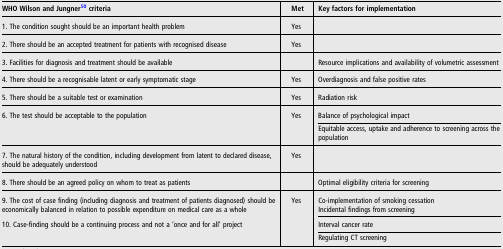
<table><thead><tr><td><b>WHO Wilson and Jungner50 criteria</b></td><td><b>Met</b></td><td><b>Key factors for implementation</b></td></tr></thead><tbody><tr><td>1. The condition sought should be an important health problem</td><td>Yes</td><td>[EMPTY_CELL]</td></tr><tr><td>2. There should be an accepted treatment for patients with recognised disease</td><td>Yes</td><td>[EMPTY_CELL]</td></tr><tr><td>3. Facilities for diagnosis and treatment should be available</td><td>[EMPTY_CELL]</td><td>Resource implications and availability of volumetric assessment</td></tr><tr><td>4. There should be a recognisable latent or early symptomatic stage</td><td>Yes</td><td>Overdiagnosis and false positive rates</td></tr><tr><td>5. There should be a suitable test or examination</td><td>Yes</td><td>Radiation risk</td></tr><tr><td rowspan="2">6. The test should be acceptable to the population</td><td rowspan="2">Yes</td><td>Balance of psychological impact</td></tr><tr><td>Equitable access, uptake and adherence to screening across the population</td></tr><tr><td>7. The natural history of the condition, including development from latent to declared disease, should be adequately understood</td><td>Yes</td><td>[EMPTY_CELL]</td></tr><tr><td>8. There should be an agreed policy on whom to treat as patients</td><td>[EMPTY_CELL]</td><td>Optimal eligibility criteria for screening</td></tr><tr><td rowspan="2">9. The cost of case finding (including diagnosis and treatment of patients diagnosed) should be economically balanced in relation to possible expenditure on medical care as a whole</td><td rowspan="2">Yes</td><td>Co-implementation of smoking cessation</td></tr><tr><td>Incidental findings from screening</td></tr><tr><td rowspan="2">10. Case-finding should be a continuing process and not a ‘once and for all’ project</td><td rowspan="2">[EMPTY_CELL]</td><td>Interval cancer rate</td></tr><tr><td>Regulating CT screening</td></tr></tbody></table>